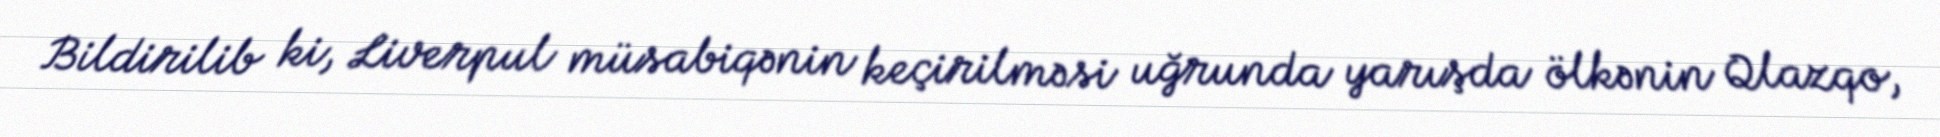
Bildirilib ki, Liverpul müsabiqənin keçirilməsi uğrunda yarışda ölkənin Qlazqo,